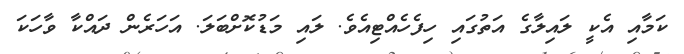
ކަމާއި އެކީ ލައިލާގެ އަތުގައި ހިފެހެއްޓިއެވެ. ލައި މަޑުކޮށްބަލަ. އަހަރެން ދައްކާ ވާހަކަ